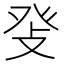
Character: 𤼧